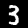
Label: 3